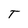
Character: T